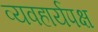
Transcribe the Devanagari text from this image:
व्यवहार्यपक्ष